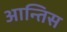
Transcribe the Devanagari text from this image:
आन्तिस